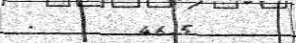
:     46.5